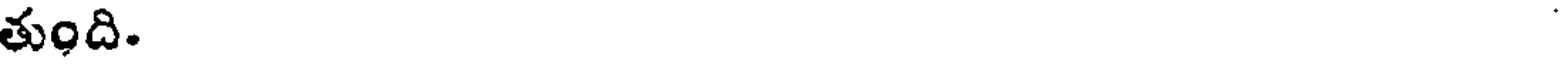
తుంది.